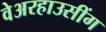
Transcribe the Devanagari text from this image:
वेअरहाउसींग